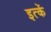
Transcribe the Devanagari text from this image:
इत्कें